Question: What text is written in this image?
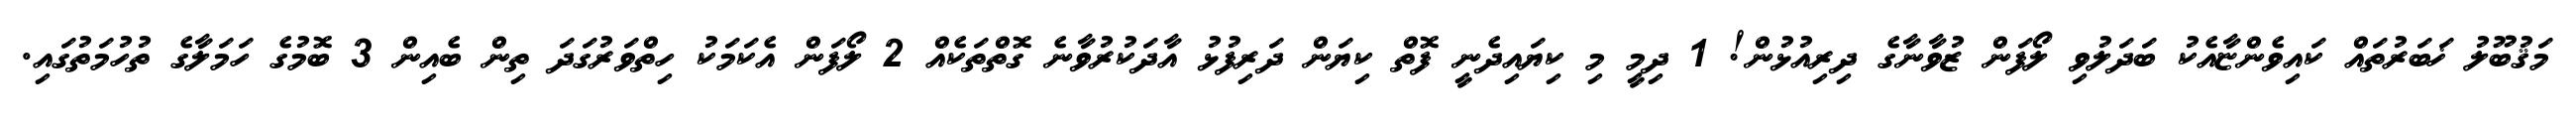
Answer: މަޤުބޫލު ޚަބަރުތައް ކައިވެންޏާއެކު ބަދަލުވި ލޯފަން ޒުވާނާގެ ދިރިއުޅުން! 1 ދިމީ މި ކިޔައިދެނީ ފޮތް ކިޔަން ދަރިފުޅު އާދަކުރުވާނެ ގޮތްތަކެއް 2 ލޯފަން އެކަމަކު ހިތްވަރުގަދަ ތިން ބެއިން 3 ބޮމުގެ ހަމަލާގެ ތުހުމަތުގައި.